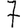
Digit: 7